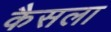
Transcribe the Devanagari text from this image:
कैसला